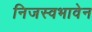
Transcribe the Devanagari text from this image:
निजस्वभावेन